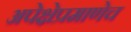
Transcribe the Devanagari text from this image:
अपेक्षेप्रमाणेच